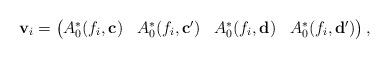
LaTeX: \begin{align*}\mathbf{v}_i=\left(\begin{matrix} A_0^\ast(f_i,\mathbf{c}) &A_0^\ast(f_i,\mathbf{c'}) &A_0^\ast(f_i,\mathbf{d}) &A_0^\ast(f_i,\mathbf{d'})\end{matrix}\right),\end{align*}